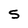
Character: S